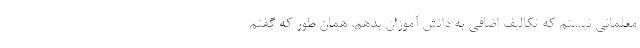
معلمانی نیستم که تکالیف اضافی به دانش آموزان بدهم، همان طور که گفتم